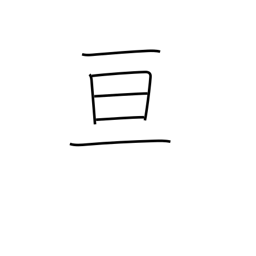
Meaning: extend over